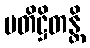
ပတိဋ္ဌိတန္တိ